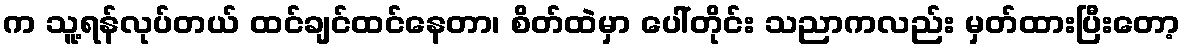
က သူ့ရန်လုပ်တယ် ထင်ချင်ထင်နေတာ၊ စိတ်ထဲမှာ ပေါ်တိုင်း သညာကလည်း မှတ်ထားပြီးတော့